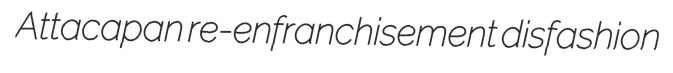
Attacapan re-enfranchisement disfashion